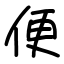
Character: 便